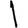
Digit: 1